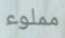
مملوء